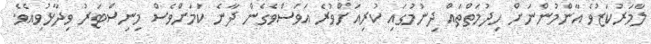
ލާމަރުކަޒުވެ އާންމުންނަށް ހިދުމަތްތައް ދިނުމުގައި ކުރިއަށްވުރެ އަވަސްވެގެން ދާނެ ކަމަށްވެސް މިނިސްޓަރު ވިދާޅުވިއެވެ.